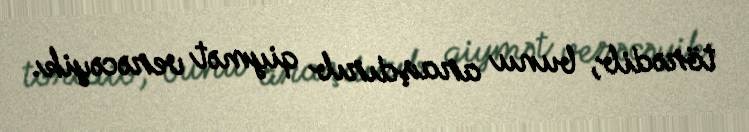
törədib, bunu araşdırıb qiymət verəcəyik.